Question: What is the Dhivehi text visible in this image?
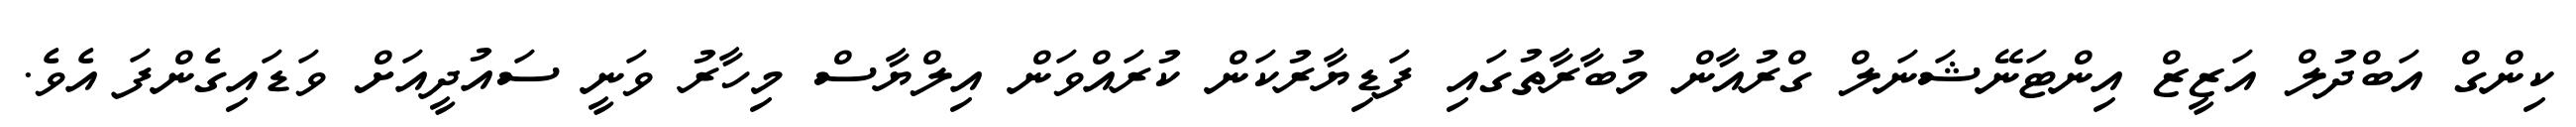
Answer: ކިންގް އަބްދުލް އަޒީޒް އިންޓަނޭޝަނަލް ގްރުއާން މުބާރާތުގައި ފަޑިޔާރުކަން ކުރައްވަން އިލްޔާސް މިހާރު ވަނީ ސައުދީއަށް ވަޑައިގެންފަ އެވެ.